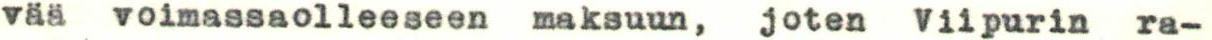
vää voimassaolleeseen maksuun, joten Viipurin ra-